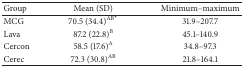
<table><thead><tr><td><b>Group</b></td><td><b>Mean (SD)</b></td><td><b>Minimum–maximum</b></td></tr></thead><tbody><tr><td>MCG</td><td>70.5 (34.4)<sup>AB<sup><i>∗</i></sup></sup></td><td>31.9–207.7</td></tr><tr><td>Lava </td><td>87.2 (22.8)<sup>B</sup></td><td>45.1–140.9</td></tr><tr><td>Cercon</td><td>58.5 (17.6)<sup>A</sup></td><td>34.8–97.3</td></tr><tr><td>Cerec</td><td>72.3 (30.8)<sup>AB</sup></td><td>21.8–164.1</td></tr></tbody></table>